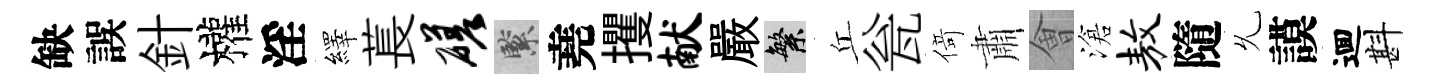
缺誤針權淫繹萇磋緊堯攫献嚴繁丘瓮𠋣肅㑹滄敖隨𠃔謨逥斟